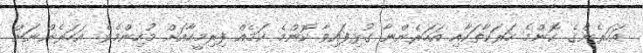
އަހަރެންގެ ކޮންމެ ހަރަކާތަކާއި އަހަރެންނާ ގުޅިފައިވާ ކޮންމެ ކަމެއް ފިރިމީހާއަށް މުހިންމެވެ. އަހަރެންނަށް